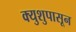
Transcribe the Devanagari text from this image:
क्युशुपासून